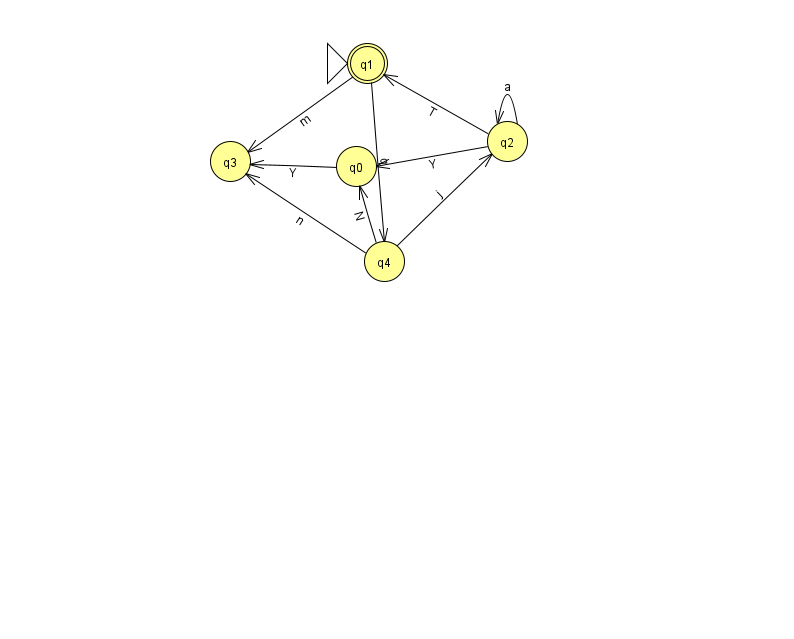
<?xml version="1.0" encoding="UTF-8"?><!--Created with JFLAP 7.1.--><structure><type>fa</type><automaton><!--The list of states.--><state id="0" name="q0"><x>356.0</x><y>153.0</y></state><state id="1" name="q1"><x>367.0</x><y>50.0</y><initial/><final/></state><state id="2" name="q2"><x>507.0</x><y>128.0</y></state><state id="3" name="q3"><x>230.0</x><y>148.0</y></state><state id="4" name="q4"><x>384.0</x><y>248.0</y></state><!--The list of transitions.--><transition><from>2</from><to>0</to><read>Y</read></transition><transition><from>2</from><to>2</to><read>a</read></transition><transition><from>1</from><to>3</to><read>m</read></transition><transition><from>4</from><to>0</to><read>N</read></transition><transition><from>0</from><to>3</to><read>Y</read></transition><transition><from>4</from><to>2</to><read>j</read></transition><transition><from>4</from><to>3</to><read>n</read></transition><transition><from>2</from><to>1</to><read>T</read></transition><transition><from>1</from><to>4</to><read>q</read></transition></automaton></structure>